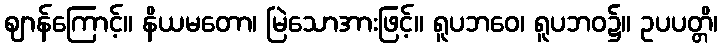
ဈာန်ကြောင့်။ နိယမတော၊ မြဲသောအားဖြင့်။ ရူပဘဝေ၊ ရူပဘဝ၌။ ဥပပတ္တိ၊